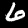
Digit: 6